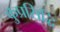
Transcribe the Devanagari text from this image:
कुप्रसिद्धि